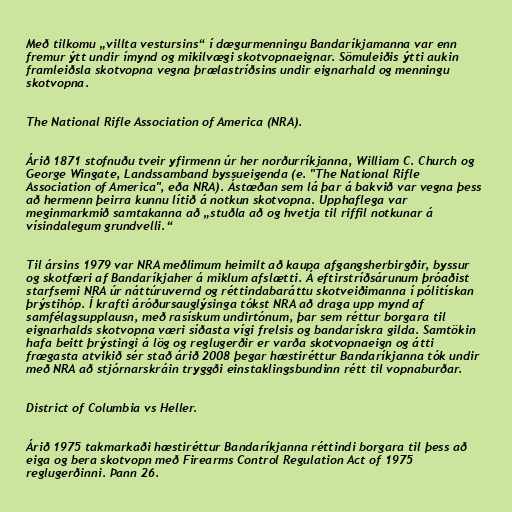
Með tilkomu „villta vestursins“ í dægurmenningu Bandaríkjamanna var enn
fremur ýtt undir ímynd og mikilvægi skotvopnaeignar. Sömuleiðis ýtti aukin
framleiðsla skotvopna vegna þrælastríðsins undir eignarhald og menningu
skotvopna.

The National Rifle Association of America (NRA).

Árið 1871 stofnuðu tveir yfirmenn úr her norðurríkjanna, William C. Church og
George Wingate, Landssamband byssueigenda (e. "The National Rifle
Association of America", eða NRA). Ástæðan sem lá þar á bakvið var vegna þess
að hermenn þeirra kunnu lítið á notkun skotvopna. Upphaflega var
meginmarkmið samtakanna að „stuðla að og hvetja til riffil notkunar á
vísindalegum grundvelli.“

Til ársins 1979 var NRA meðlimum heimilt að kaupa afgangsherbirgðir, byssur
og skotfæri af Bandaríkjaher á miklum afslætti. Á eftirstríðsárunum þróaðist
starfsemi NRA úr náttúruvernd og réttindabaráttu skotveiðimanna í pólitískan
þrýstihóp. Í krafti áróðursauglýsinga tókst NRA að draga upp mynd af
samfélagsupplausn, með rasískum undirtónum, þar sem réttur borgara til
eignarhalds skotvopna væri síðasta vígi frelsis og bandarískra gilda. Samtökin
hafa beitt þrýstingi á lög og reglugerðir er varða skotvopnaeign og átti
frægasta atvikið sér stað árið 2008 þegar hæstiréttur Bandaríkjanna tók undir
með NRA að stjórnarskráin tryggði einstaklingsbundinn rétt til vopnaburðar.

District of Columbia vs Heller.

Árið 1975 takmarkaði hæstiréttur Bandaríkjanna réttindi borgara til þess að
eiga og bera skotvopn með Firearms Control Regulation Act of 1975
reglugerðinni. Þann 26.